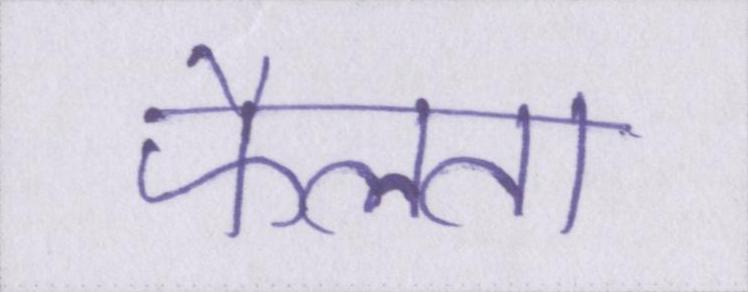
फैलता